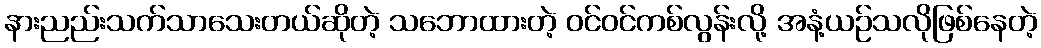
နားညည်းသက်သာသေးတယ်ဆိုတဲ့ သဘောထားတဲ့ ဝင်ဝင်ကစ်လွန်းလို့ အနံ့ယဉ်သလိုဖြစ်နေတဲ့